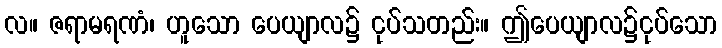
လ။ ဇရာမရဏံ၊ ဟူသော ပေယျာလ၌ ငုပ်သတည်း။ ဤပေယျာလ၌ငုပ်သော